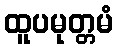
ထူပမုတ္တမံ